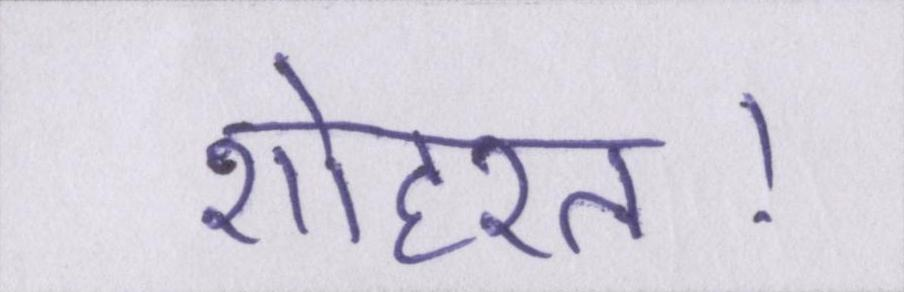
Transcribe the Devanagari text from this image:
शोहरत।